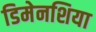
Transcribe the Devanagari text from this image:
डिमेनशिया